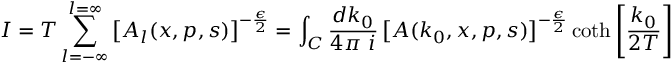
I = T \sum _ { l = - \infty } ^ { l = \infty } \left[ A _ { l } ( x , p , s ) \right] ^ { - \frac { \epsilon } { 2 } } = \int _ { C } \frac { d k _ { 0 } } { 4 \pi ~ i } \left[ A ( k _ { 0 } , x , p , s ) \right] ^ { - \frac { \epsilon } { 2 } } \coth \left[ \frac { k _ { 0 } } { 2 T } \right]